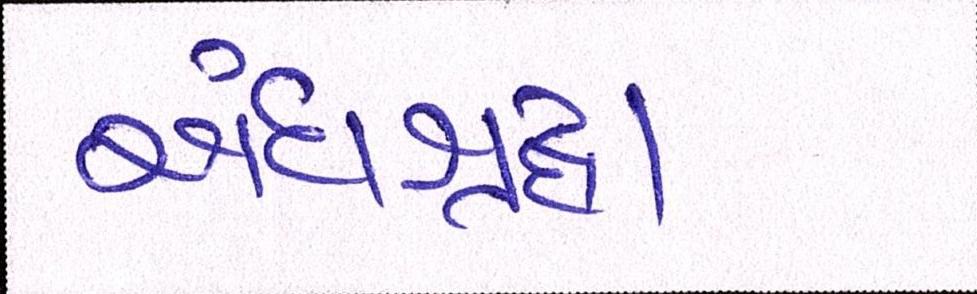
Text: અંધશ્રદ્ધા